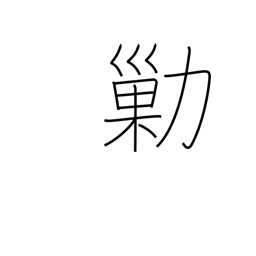
Meaning: steal